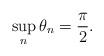
LaTeX: \begin{align*}\sup_{n}\theta _{n}=\frac{\pi }{2}. \end{align*}